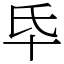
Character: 氒